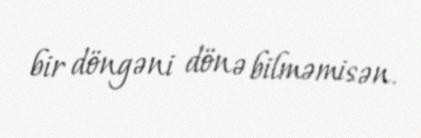
bir döngəni dönə bilməmisən.